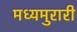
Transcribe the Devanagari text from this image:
मध्यमुरारी